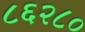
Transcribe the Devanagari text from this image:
८६२८०